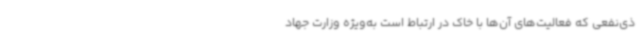
ذی‌نفعی که فعالیت‌های آن‌ها با خاک در ارتباط است به‌ویژه وزارت جهاد